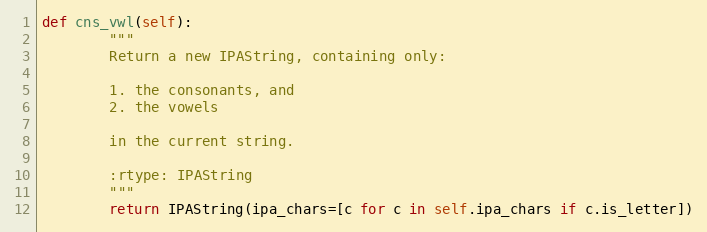
Language: Python
def cns_vwl(self):
        """
        Return a new IPAString, containing only:

        1. the consonants, and
        2. the vowels

        in the current string.

        :rtype: IPAString
        """
        return IPAString(ipa_chars=[c for c in self.ipa_chars if c.is_letter])